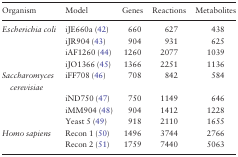
<table><thead><tr><td><b>Organism</b></td><td><b>Model</b></td><td><b>Genes</b></td><td><b>Reactions</b></td><td><b>Metabolites</b></td></tr></thead><tbody><tr><td><i>Escherichia coli</i></td><td>iJE660a (42)</td><td>660</td><td>627</td><td>438</td></tr><tr><td></td><td>iJR904 (43)</td><td>904</td><td>931</td><td>625</td></tr><tr><td></td><td>iAF1260 (44)</td><td>1260</td><td>2077</td><td>1039</td></tr><tr><td></td><td>iJO1366 (45)</td><td>1366</td><td>2251</td><td>1136</td></tr><tr><td><i>Saccharomyces cerevisiae</i></td><td>iFF708 (46)</td><td>708</td><td>842</td><td>584</td></tr><tr><td></td><td>iND750 (47)</td><td>750</td><td>1149</td><td>646</td></tr><tr><td></td><td>iMM904 (48)</td><td>904</td><td>1412</td><td>1228</td></tr><tr><td></td><td>Yeast 5 (49)</td><td>918</td><td>2110</td><td>1655</td></tr><tr><td><i>Homo sapiens</i></td><td>Recon 1 (50)</td><td>1496</td><td>3744</td><td>2766</td></tr><tr><td></td><td>Recon 2 (51)</td><td>1759</td><td>7440</td><td>5063</td></tr></tbody></table>